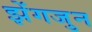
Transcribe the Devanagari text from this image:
झेंगजुन